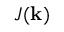
J ( \mathbf { k } )